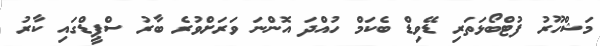
މަޝްހޫރު ފުޓްބޯޅަތަރި ޑޭވިޑް ބެކަމް ހުއްދަ އޮންނަ ވަރަށްވުރެ ބާރު ސްޕީޑްގައި ކާރު